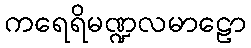
ကရေရိမဏ္ဍလမာဠော